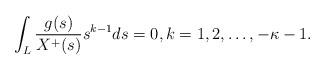
LaTeX: \begin{align*} \int_L \frac{g(s)}{X^+(s)}s^{k-1}ds=0, k=1,2,\ldots, -\kappa-1. \end{align*}